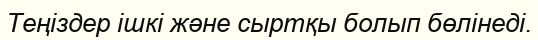
Теңіздер ішкі және сыртқы болып бөлінеді.